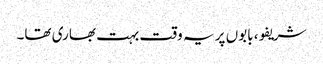
شریفو، بابوں پر یہ وقت بہت بھاری تھا۔